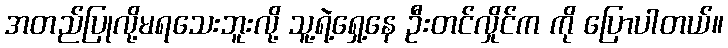
အတည်ပြုလို့မရသေးဘူးလို့ သူ့ရဲ့ရှေ့နေ ဦးတင်လှိုင်က ကို ပြောပါတယ်။